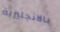
بالانجليزية